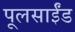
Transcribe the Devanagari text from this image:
पूलसाईंड